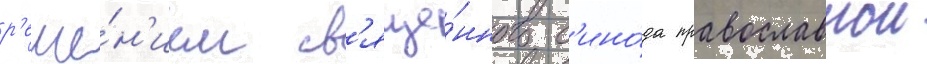
р'еше́н'ием св'яще́нного с'ино́да православнои